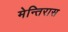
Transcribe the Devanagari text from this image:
मेन्तिरास